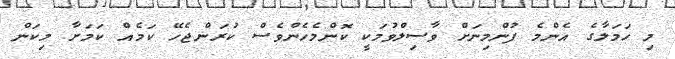
މި ހަމަލާގެ އެންމެ ފުންމިނަށް ވާސިލްވުމަކީ ކޮންމެހެންވެސް ކުރަންޖެހޭ ކަމެއް ކަމަށާ މިކަން